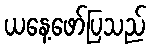
ယနေ့ဖော်ပြသည်